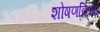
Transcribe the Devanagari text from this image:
शोषणक्रिया